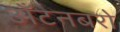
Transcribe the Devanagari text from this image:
अँटनबरो